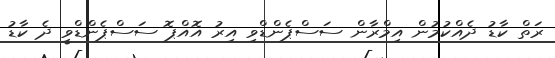
ރަތް ކާޑު ދެއްކުމުން އިމްރާން ސަސްޕެންޑްވި އިރު އޮއްޕޮ ސަސްޕެންޑްވީ ދެ ކާޑު